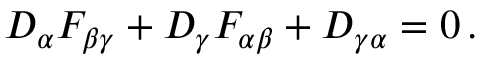
D _ { \alpha } F _ { \beta \gamma } + D _ { \gamma } F _ { \alpha \beta } + D _ { \gamma \alpha } = 0 \, .